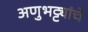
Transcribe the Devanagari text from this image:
अणुभट्ट्यांचे